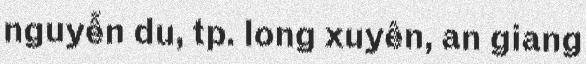
nguyễn du, tp. long xuyên, an giang